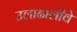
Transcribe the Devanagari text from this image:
उलाढालीवे